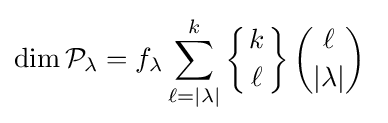
\dim {\mathcal {P}}_{\lambda }=f_{\lambda }\sum _{\ell =|\lambda |}^{k}\left\{{k \atop \ell }\right\}{\binom {\ell }{|\lambda |}}\